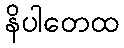
နိပါတေထ